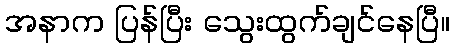
အနာက ပြန်ပြီး သွေးထွက်ချင်နေပြီ။